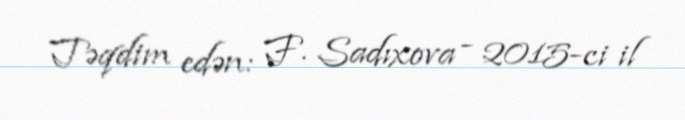
Təqdim edən: F. Sadıxova - 2015-ci il